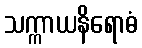
သက္ကာယနိရောဓံ